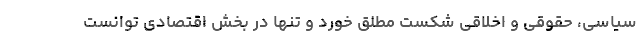
سیاسی، حقوقی و اخلاقی شکست مطلق خورد و تنها در بخش اقتصادی توانست